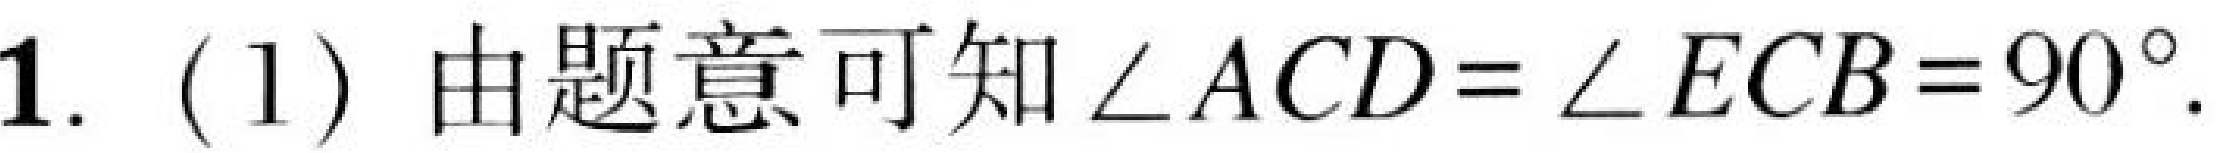
1. (1) 由题意可知\(\angle ACD = \angle ECB = 90^{\circ}\).